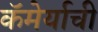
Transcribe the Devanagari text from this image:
कॅमेर्याची